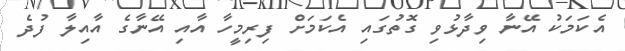
އެކަމަކު އޭނާ ވިދާޅުވި ގޮތުގައި އެކަމަށް ފިރިމީހާ އާއި އޭނާގެ އާއިލާ ފުދެ